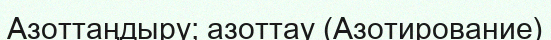
Азоттаңдыру; азоттау (Азотирование)